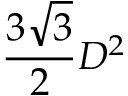
{ \frac { 3 { \sqrt { 3 } } } { 2 } } D ^ { 2 }